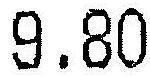
9.80